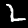
Label: 2